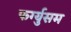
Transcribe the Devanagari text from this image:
फर्ग्युसम